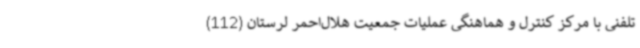
تلفنی با مرکز کنترل و هماهنگی عملیات جمعیت هلال‌احمر لرستان (112)